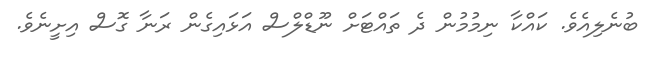
ބުނެލިއެވެ. ކައްކާ ނިމުމުން ދެ ތައްޓަށް ނޫޑްލްސް އަޅައިގެން ރަނާ ގޮސް އިށީނެވެ.